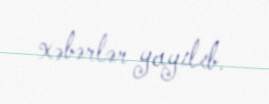
xəbərlər yayılıb.